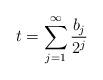
LaTeX: \begin{align*} t = \sum_{j = 1}^\infty \frac{b_j}{2^j} \end{align*}